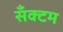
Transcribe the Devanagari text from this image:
सँक्टम